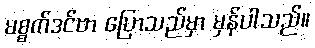
မစ္စက်ဒင်ဗာ ပြောသည်မှာ မှန်ပါသည်။